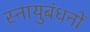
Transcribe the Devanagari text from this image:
स्नायुबंधनों